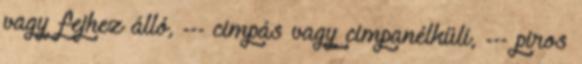
vagy fejhez álló, --- cimpás vagy cimpanélküli, --- piros